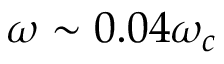
\omega \sim 0 . 0 4 \omega _ { c }